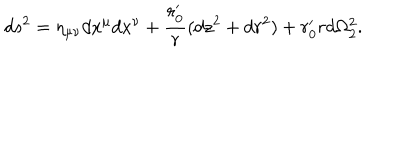
LaTeX: d s ^ { 2 } = \eta _ { \mu \nu } d x ^ { \mu } d x ^ { \nu } + \frac { r _ { 0 } ^ { \prime } } { r } ( d z ^ { 2 } + d r ^ { 2 } ) + r _ { 0 } ^ { \prime } r d \Omega _ { 2 } ^ { 2 } .